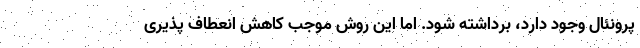
پرونئال وجود دارد، برداشته شود. اما این روش موجب کاهش انعطاف پذیری